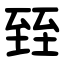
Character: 臸